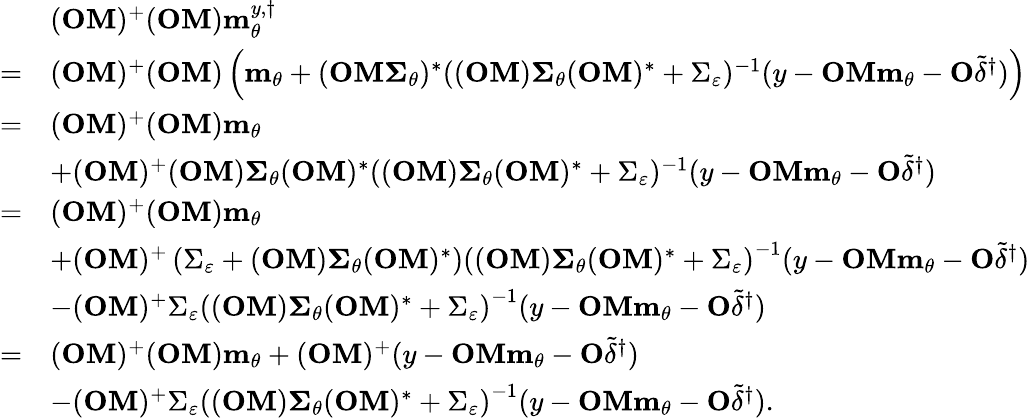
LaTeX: \begin{array}{rl}&{(\mathbf{OM})^{+}(\mathbf{OM})\mathbf{m}_{\theta}^{y,\dagger}}\\ {=}&{(\mathbf{OM})^{+}(\mathbf{OM})\left(\mathbf{m}_{\theta}+(\mathbf{OM}\mathbf{\Sigma}_{\theta})^{\ast}((\mathbf{OM})\mathbf{\Sigma}_{\theta}(\mathbf{OM})^{\ast}+\Sigma_{\varepsilon})^{-1}(y-\mathbf{OMm}_{\theta}-\mathbf{O}\widetilde{\delta}^{\dagger})\right)}\\ {=}&{(\mathbf{OM})^{+}(\mathbf{OM})\mathbf{m}_{\theta}}\\ &{+(\mathbf{OM})^{+}(\mathbf{OM})\mathbf{\Sigma}_{\theta}(\mathbf{OM})^{\ast}((\mathbf{OM})\mathbf{\Sigma}_{\theta}(\mathbf{OM})^{\ast}+\Sigma_{\varepsilon})^{-1}(y-\mathbf{OMm}_{\theta}-\mathbf{O}\widetilde{\delta}^{\dagger})}\\ {=}&{(\mathbf{OM})^{+}(\mathbf{OM})\mathbf{m}_{\theta}}\\ &{+(\mathbf{OM})^{+}\left(\Sigma_{\varepsilon}+(\mathbf{OM})\mathbf{\Sigma}_{\theta}(\mathbf{OM})^{\ast}\right)\left((\mathbf{OM})\mathbf{\Sigma}_{\theta}(\mathbf{OM})^{\ast}+\Sigma_{\varepsilon}\right)^{-1}(y-\mathbf{OMm}_{\theta}-\mathbf{O}\widetilde{\delta}^{\dagger})}\\ &{-(\mathbf{OM})^{+}\Sigma_{\varepsilon}\left((\mathbf{OM})\mathbf{\Sigma}_{\theta}(\mathbf{OM})^{\ast}+\Sigma_{\varepsilon}\right)^{-1}(y-\mathbf{OMm}_{\theta}-\mathbf{O}\widetilde{\delta}^{\dagger})}\\ {=}&{(\mathbf{OM})^{+}(\mathbf{OM})\mathbf{m}_{\theta}+(\mathbf{OM})^{+}(y-\mathbf{OMm}_{\theta}-\mathbf{O}\widetilde{\delta}^{\dagger})}\\ &{-(\mathbf{OM})^{+}\Sigma_{\varepsilon}\left((\mathbf{OM})\mathbf{\Sigma}_{\theta}(\mathbf{OM})^{\ast}+\Sigma_{\varepsilon}\right)^{-1}(y-\mathbf{OMm}_{\theta}-\mathbf{O}\widetilde{\delta}^{\dagger}).}\end{array}